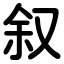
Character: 叙